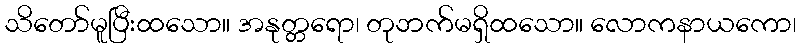
သိတော်မူပြီးထသော။ အနုတ္တရော၊ တုဘက်မရှိထသော။ လောကနာယကော၊